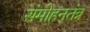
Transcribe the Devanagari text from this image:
संमोहनतंत्र